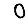
Digit: 0